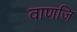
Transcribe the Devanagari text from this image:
वाणजि